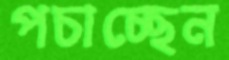
পচাচ্ছেন